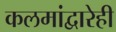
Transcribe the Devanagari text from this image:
कलमांद्वारेही